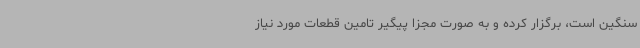
سنگین است، برگزار کرده و به صورت مجزا پیگیر تامین قطعات مورد نیاز